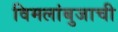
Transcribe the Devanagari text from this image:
विमलांबुजाची